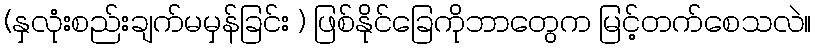
(နှလုံးစည်းချက်မမှန်ခြင်း ) ဖြစ်နိုင်ခြေကိုဘာတွေက မြင့်တက်စေသလဲ။